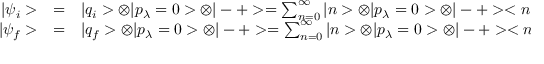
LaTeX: \begin{array} { r c l } { { | \psi _ { i } > } } & { { = } } & { { | q _ { i } > \otimes | p _ { \lambda } = 0 > \otimes | - + > = \sum _ { n = 0 } ^ { \infty } | n > \otimes | p _ { \lambda } = 0 > \otimes | - + > < n | q _ { i } > \ \ \ , } } \\ { { | \psi _ { f } > } } & { { = } } & { { | q _ { f } > \otimes | p _ { \lambda } = 0 > \otimes | - + > = \sum _ { n = 0 } ^ { \infty } | n > \otimes | p _ { \lambda } = 0 > \otimes | - + > < n | q _ { f } > \ , } } \end{array}